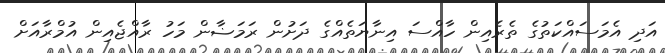
އަދި އެމަސައްކަތުގެ ތެރެއިން ހާއްސަ އިނާޔަތެއްގެ ދަށުން ރަމަޟާން މަހު ރާއްޖެއިން އުމްރާއަށް